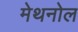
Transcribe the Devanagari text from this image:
मेथनोल